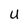
Character: U